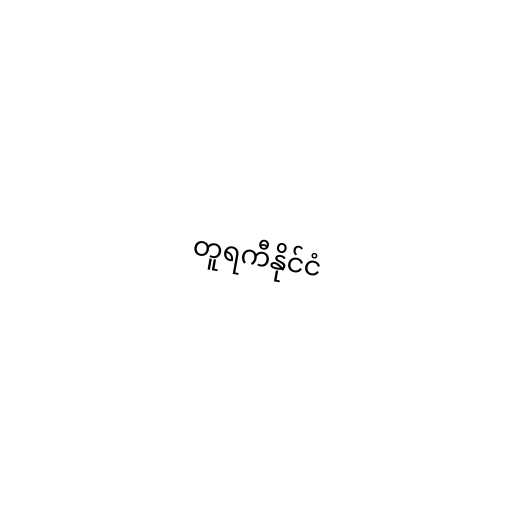
တူရကီနိုင်ငံ